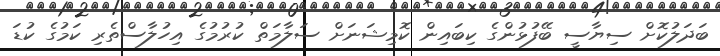
ބަދަލުކޮށް ސިޔާސީ ބޭފުޅުންގެ ކިބައިން ކޮމިޝަނަށް ސަލާމަތް ކުރުމުގެ އިހުލާސްތެރި ކަމުގެ ކުޑަ